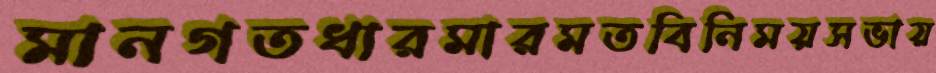
মানগতধারমারমতবিনিময়সভায়